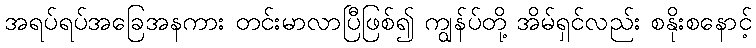
အရပ်ရပ်အခြေအနကား တင်းမာလာပြီဖြစ်၍ ကျွန်ပ်တို့ အိမ်ရှင်လည်း စနိုးစနောင့်